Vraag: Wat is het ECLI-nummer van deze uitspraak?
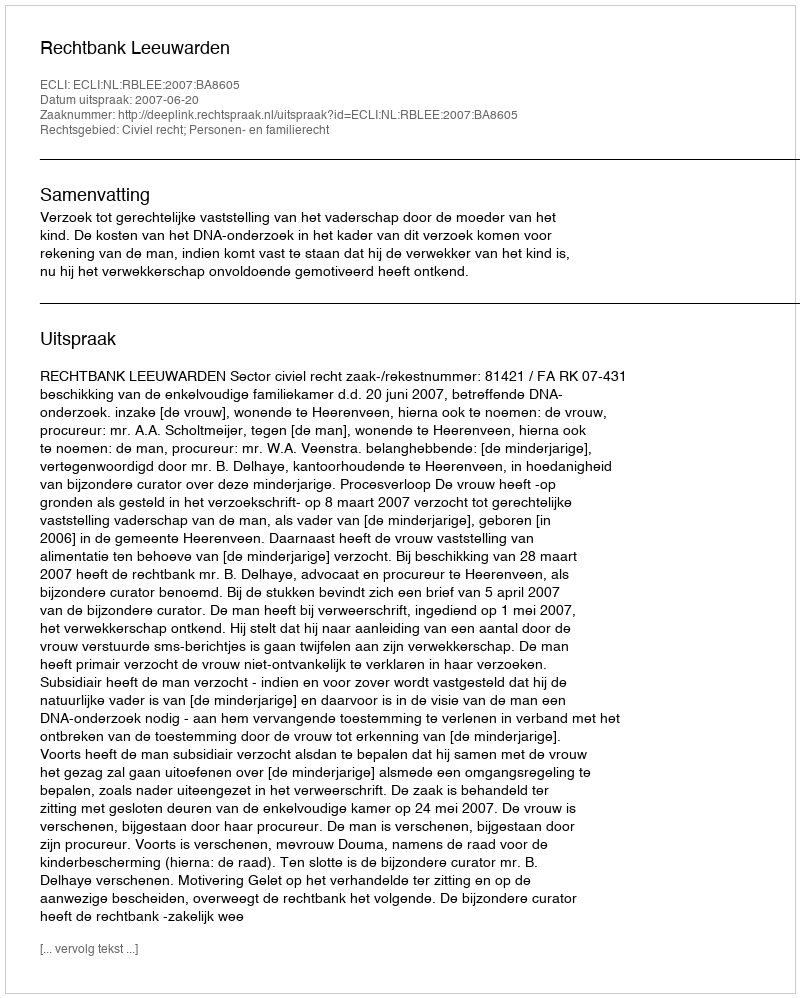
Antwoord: ECLI:NL:RBLEE:2007:BA8605